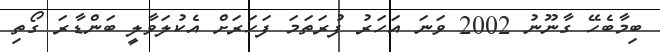
ބިމާބެހޭ ގާނޫނު 2002 ވަނަ އަހަރު ފުރަތަމަ ފަހަރަށް އެކުލަވާލީ ބަންޑާރަ ގޯތި